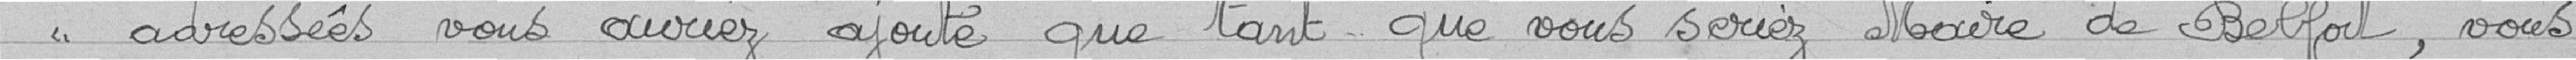
adressées vous auriez ajouté que tant que vous seriez Maire de Belfort, vous